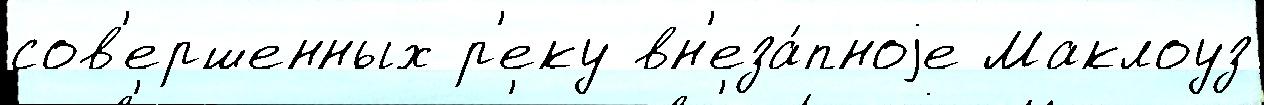
сов'ершенных р'еку вн'еза́пноjе Маклоуз